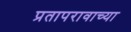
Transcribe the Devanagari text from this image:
प्रतापरावाच्या